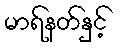
မာရ်နတ်နှင့်